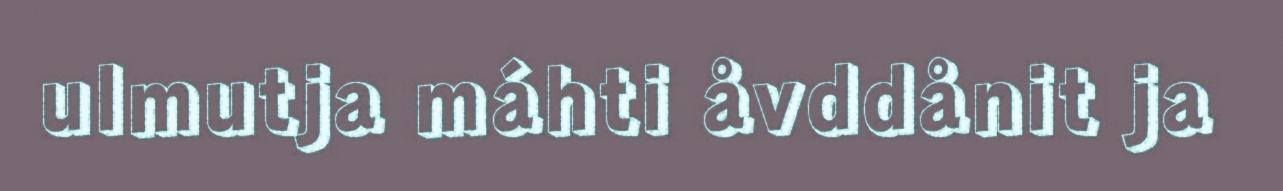
ulmutja máhti åvddånit ja